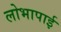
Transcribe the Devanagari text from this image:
लोभापाई